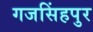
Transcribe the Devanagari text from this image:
गजसिंहपुर